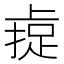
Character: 𫠼